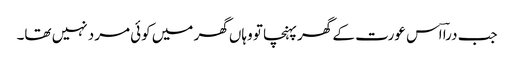
جب دراؔ اس عورت کے گھر پہنچا تو وہاں گھر میں کوئی مرد نہیں تھا۔